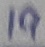
Text: 19